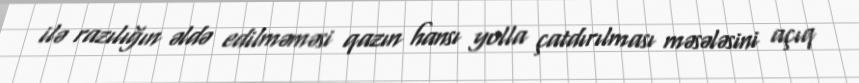
ilə razılığın əldə edilməməsi qazın hansı yolla çatdırılması məsələsini açıq